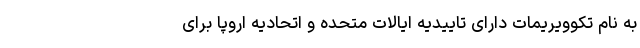
به نام تکوویریمات دارای تاییدیه ایالات متحده و اتحادیه اروپا برای